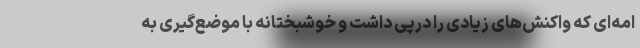
امه‌ای که واکنش‌های زیادی را درپی داشت و خوشبختانه با موضع‌گیری به